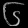
Digit: ၆